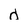
Character: d